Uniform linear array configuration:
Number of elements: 12
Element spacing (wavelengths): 0.5
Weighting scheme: uniform
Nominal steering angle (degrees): -45
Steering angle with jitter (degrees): -44.428
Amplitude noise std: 0.05
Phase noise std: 0.05

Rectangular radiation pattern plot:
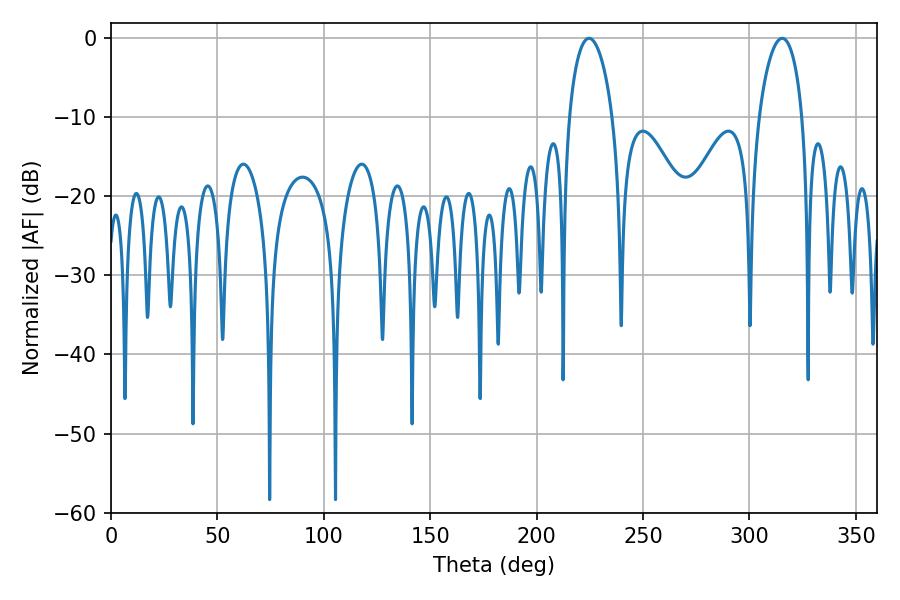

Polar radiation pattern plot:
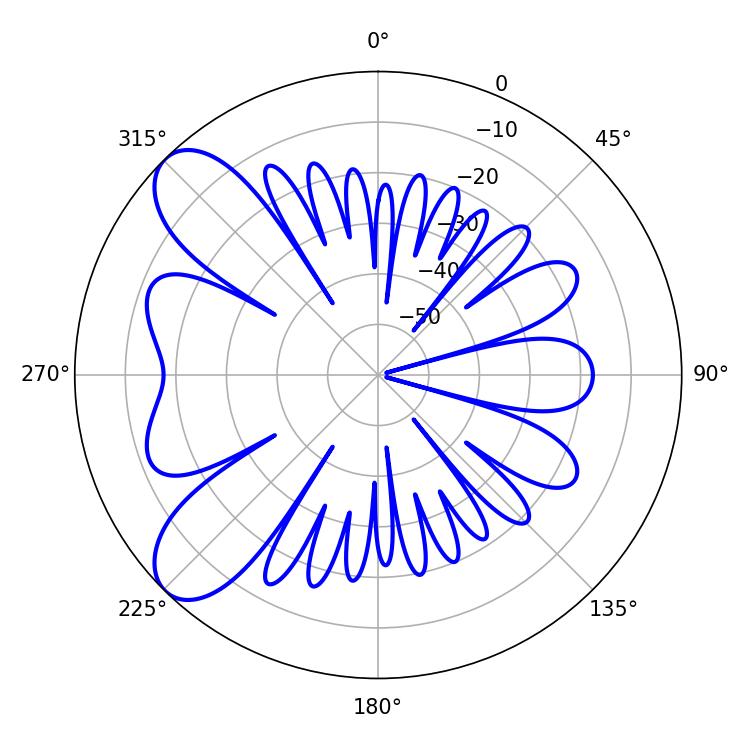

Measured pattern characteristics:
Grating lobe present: FALSE
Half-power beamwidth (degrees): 11.7
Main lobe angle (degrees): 315.36